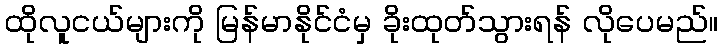
ထိုလူငယ်များကို မြန်မာနိုင်ငံမှ ခိုးထုတ်သွားရန် လိုပေမည်။